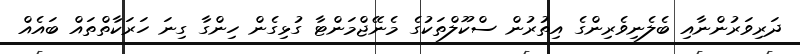
ދަރިވަރުންނާއި ބެލެނިވެރިންގެ އިތުރުން ސްކޫލްތަކުގެ މެނޭޖްމަންޓާ ގުޅިގެން ހިންގާ ގިނަ ހަރަކާތްތައް ބައެއް